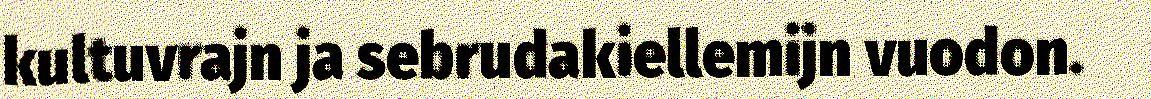
kultuvrajn ja sebrudakiellemijn vuodon.